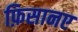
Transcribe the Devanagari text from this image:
फ़िसानए